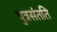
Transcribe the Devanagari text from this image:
पुत्रसंतति